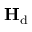
{ \mathbf { H } } _ { \mathrm { d } }